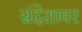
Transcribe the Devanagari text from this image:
संदेशावर